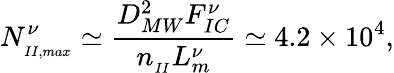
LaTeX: N_{_{II,max}}^{\nu}\simeq\frac{D_{MW}^{2}F_{IC}^{\nu}}{n_{_{II}}L_{m}^{\nu}}\simeq 4.2\times 10^{4},